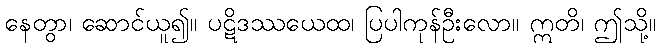
နေတွာ၊ ဆောင်ယူ၍။ ပဋိဒဿယေထ၊ ပြပါကုန်ဦးလော။ ဣတိ၊ ဤသို့။